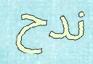
ندح